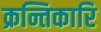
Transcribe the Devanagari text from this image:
क्रन्तिकारि